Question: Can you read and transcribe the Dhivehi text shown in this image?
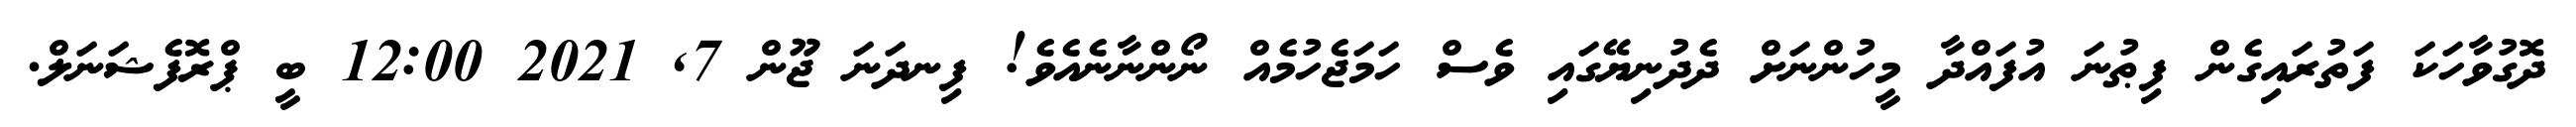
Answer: ދޮގުވާހަކަ ފަތުރައިގެން ފިޠުނަ އުފައްދާ މީހުންނަށް ދެދުނިޔޭގައި ވެސް ހަމަޖެހުމެއް ނޯންނާނެއެވެ! ފިނދަނަ ޖޫން 7, 2021 12:00 ބީ ޕްރޮފެޝަނަލް.